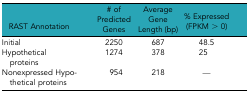
<table><thead><tr><td><b>RAST Annotation</b></td><td><b># of Predicted Genes</b></td><td><b>Average Gene Length (bp)</b></td><td><b>% Expressed (FPKM &gt; 0)</b></td></tr></thead><tbody><tr><td>Initial</td><td>2250</td><td>687</td><td>48.5</td></tr><tr><td>Hypotheticalproteins</td><td>1274</td><td>378</td><td>25</td></tr><tr><td>Nonexpressed Hypo thetical proteins</td><td>954</td><td>218</td><td>—</td></tr></tbody></table>